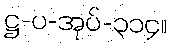
ဋ္ဌ-ပ-အုပ်-၃၁၄။